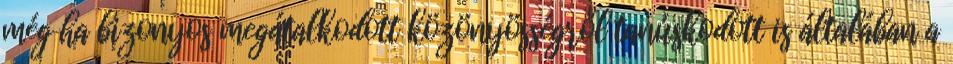
még ha bizonyos megátalkodott közönyösségről tanúskodott is általában a